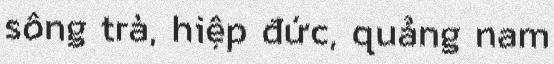
sông trà, hiệp đức, quảng nam